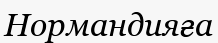
Нормандияға